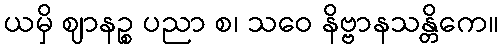
ယမှိ ဈာနဉ္စ ပညာ စ၊ သဝေ နိဗ္ဗာနသန္တိကေ။